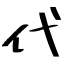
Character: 代